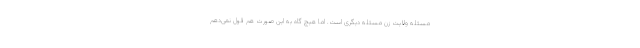
مسئله ولایت زن مسئله دیگری است. اما هیچ گاه به این صورت هم قول نمی‌دهم